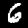
Digit: 6